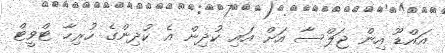
އައްޑޫ އިން ޖަލްސާ އަށް އައި ކުދިން އެ ކުދިންގެ ހުރިހާ ޓްވީޓް